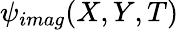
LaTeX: \psi_{imag}(X,Y,T)